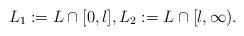
LaTeX: \begin{align*} L_1 := L \cap [0,l], L_2: = L \cap [l,\infty). \end{align*}